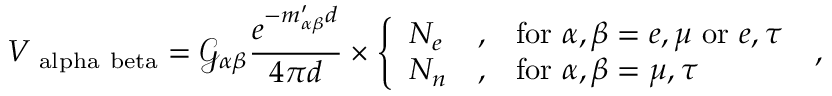
V _ { \mathrm { \ a l p h a \ b e t a } } = \mathcal { G } _ { \alpha \beta } \frac { e ^ { - m _ { \alpha \beta } ^ { \prime } d } } { 4 \pi d } \times \left\{ \begin{array} { l l l } { N _ { e } } & { , } & { \mathrm { f o r } ~ \alpha , \beta = e , \mu ~ \mathrm { o r } ~ e , \tau } \\ { N _ { n } } & { , } & { \mathrm { f o r } ~ \alpha , \beta = \mu , \tau } \end{array} \right. \; ,